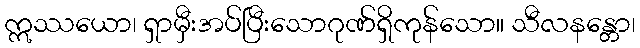
ဣဿယော၊ ရှာမှီးအပ်ပြီးသောဂုဏ်ရှိကုန်သော။ သီလနန္တော၊